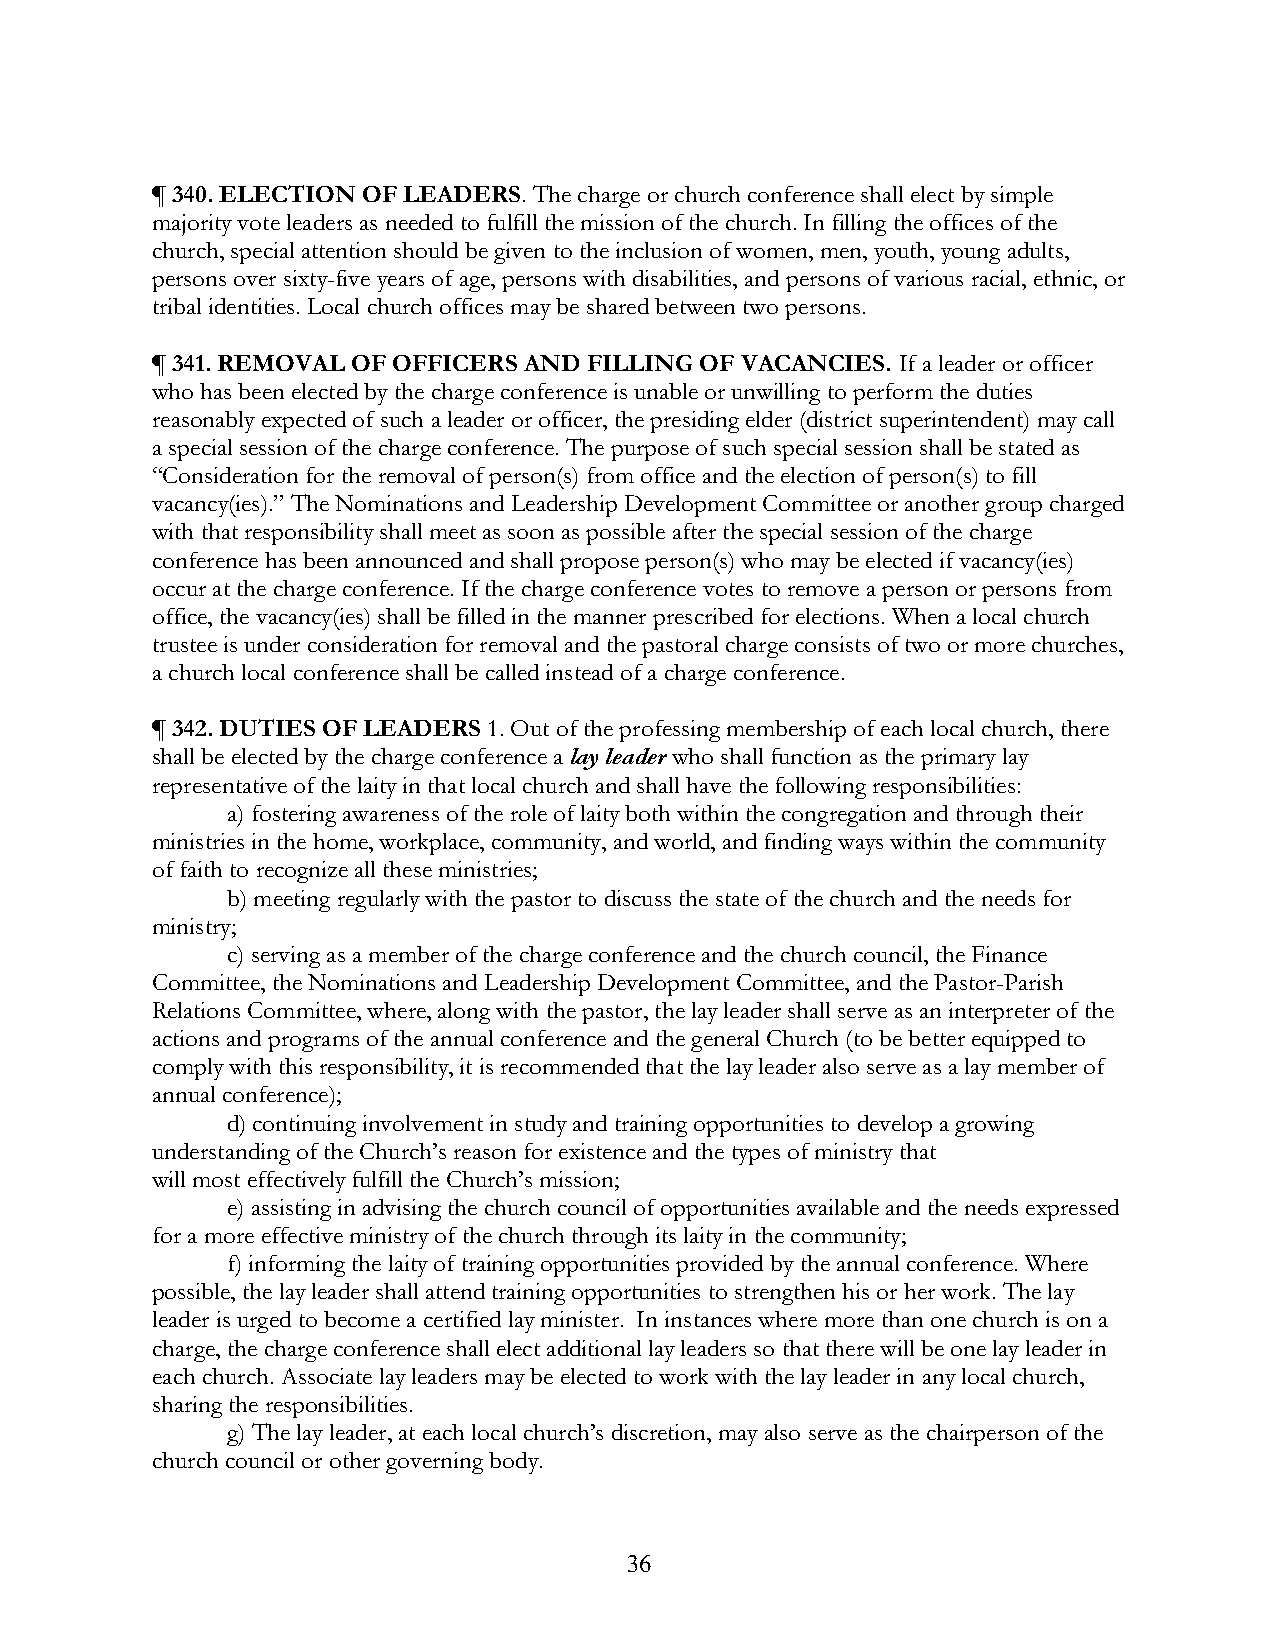
¶ 340. ELECTION OF LEADERS. The charge or church conference shall elect by simple
 majority vote leaders as needed to fulfill the mission of the church. In filling the offices of the
 church, special attention should be given to the inclusion of women, men, youth, young adults,
 persons over sixty-five years of age, persons with disabilities, and persons of various racial, ethnic, or
 tribal identities. Local church offices may be shared between two persons.
 ¶ 341. REMOVAL OF OFFICERS AND FILLING OF VACANCIES. If a leader or officer
 who has been elected by the charge conference is unable or unwilling to perform the duties
 reasonably expected of such a leader or officer, the presiding elder (district superintendent) may call
 a special session of the charge conference. The purpose of such special session shall be stated as
 “Consideration for the removal of person(s) from office and the election of person(s) to fill
 vacancy(ies).” The Nominations and Leadership Development Committee or another group charged
 with that responsibility shall meet as soon as possible after the special session of the charge
 conference has been announced and shall propose person(s) who may be elected if vacancy(ies)
 occur at the charge conference. If the charge conference votes to remove a person or persons from
 office, the vacancy(ies) shall be filled in the manner prescribed for elections. When a local church
 trustee is under consideration for removal and the pastoral charge consists of two or more churches,
 a church local conference shall be called instead of a charge conference.
 ¶ 342. DUTIES OF LEADERS 1. Out of the professing membership of each local church, there
 shall be elected by the charge conference a lay leader who shall function as the primary lay
 representative of the laity in that local church and shall have the following responsibilities:
 a) fostering awareness of the role of laity both within the congregation and through their
 ministries in the home, workplace, community, and world, and finding ways within the community
 of faith to recognize all these ministries;
 b) meeting regularly with the pastor to discuss the state of the church and the needs for
 ministry;
 c) serving as a member of the charge conference and the church council, the Finance
 Committee, the Nominations and Leadership Development Committee, and the Pastor-Parish
 Relations Committee, where, along with the pastor, the lay leader shall serve as an interpreter of the
 actions and programs of the annual conference and the general Church (to be better equipped to
 comply with this responsibility, it is recommended that the lay leader also serve as a lay member of
 annual conference);
 d) continuing involvement in study and training opportunities to develop a growing
 understanding of the Church’s reason for existence and the types of ministry that
 will most effectively fulfill the Church’s mission;
 e) assisting in advising the church council of opportunities available and the needs expressed
 for a more effective ministry of the church through its laity in the community;
 f) informing the laity of training opportunities provided by the annual conference. Where
 possible, the lay leader shall attend training opportunities to strengthen his or her work. The lay
 leader is urged to become a certified lay minister. In instances where more than one church is on a
 charge, the charge conference shall elect additional lay leaders so that there will be one lay leader in
 each church. Associate lay leaders may be elected to work with the lay leader in any local church,
 sharing the responsibilities.
 g) The lay leader, at each local church’s discretion, may also serve as the chairperson of the
 church council or other governing body.
 36